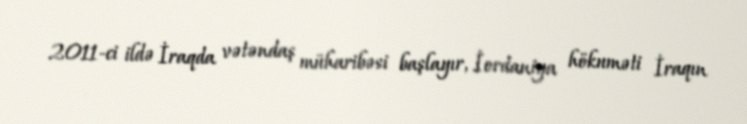
2011-ci ildə İraqda vətəndaş müharibəsi başlayır, İordaniya hökuməti İraqın